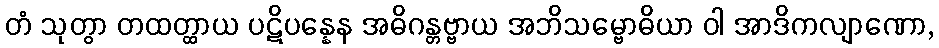
တံ သုတွာ တထတ္ထာယ ပဋိပန္နေန အဓိဂန္တဗ္ဗာယ အဘိသမ္ဗောဓိယာ ဝါ အာဒိကလျာဏော,